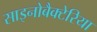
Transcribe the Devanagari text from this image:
साइनोबैक्टेरिया